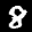
Label: 8